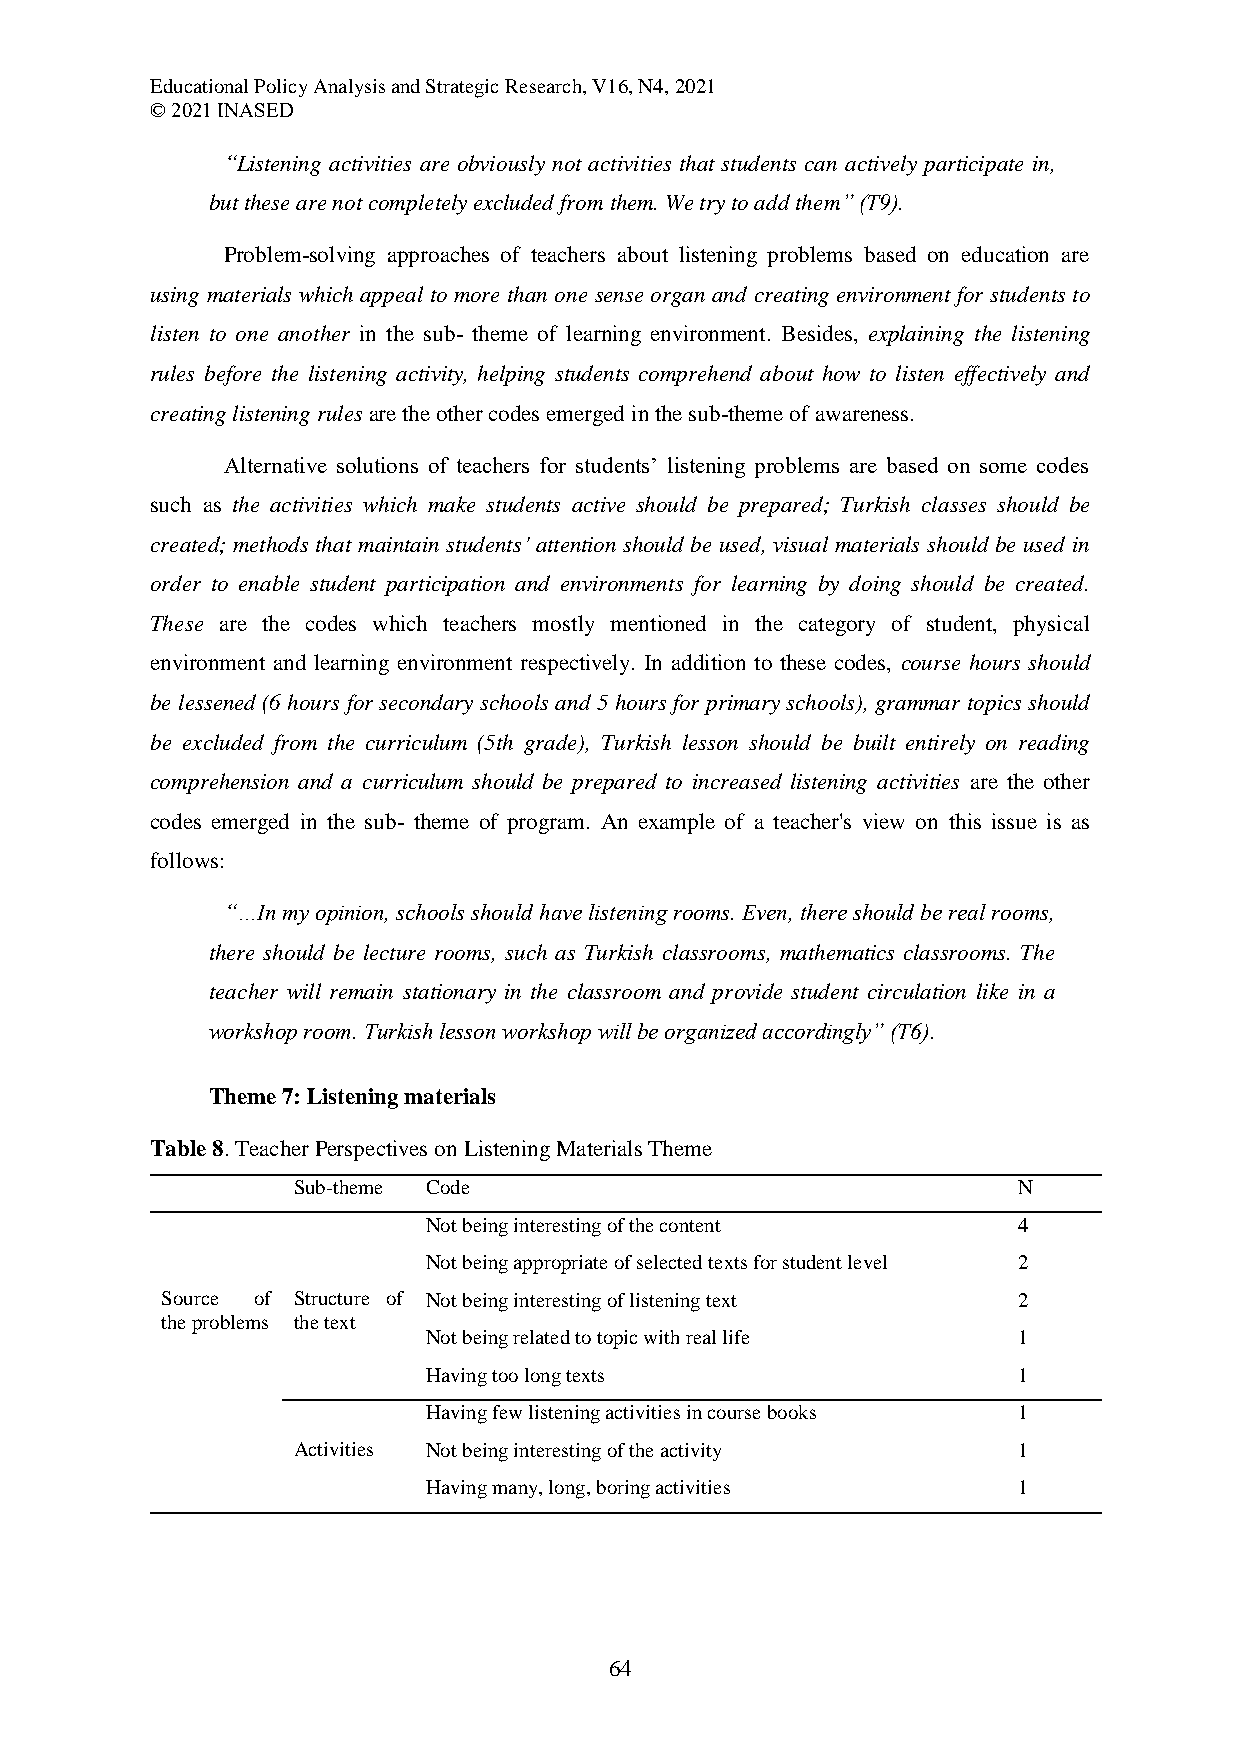
Educational Policy Analysis and Strategic Research, V16, N4, 2021
 © 2021 INASED
 “Listening activities are obviously not activities that students can actively participate in,
 but these are not completely excluded from them. We try to add them” (T9).
 Problem-solving approaches of teachers about listening problems based on education are
 using materials which appeal to more than one sense organ and creating environment for students to
 listen to one another in the sub- theme of learning environment. Besides, explaining the listening
 rules before the listening activity, helping students comprehend about how to listen effectively and
 creating listening rules are the other codes emerged in the sub-theme of awareness.
 Alternative solutions of teachers for students’ listening problems are based on some codes
 such as the activities which make students active should be prepared; Turkish classes should be
 created; methods that maintain students’ attention should be used, visual materials should be used in
 order to enable student participation and environments for learning by doing should be created.
 These are the codes which teachers mostly mentioned in the category of student, physical
 environment and learning environment respectively. In addition to these codes, course hours should
 be lessened (6 hours for secondary schools and 5 hours for primary schools), grammar topics should
 be excluded from the curriculum (5th grade), Turkish lesson should be built entirely on reading
 comprehension and a curriculum should be prepared to increased listening activities are the other
 codes emerged in the sub- theme of program. An example of a teacher's view on this issue is as
 follows:
 “…In my opinion, schools should have listening rooms. Even, there should be real rooms,
 there should be lecture rooms, such as Turkish classrooms, mathematics classrooms. The
 teacher will remain stationary in the classroom and provide student circulation like in a
 workshop room. Turkish lesson workshop will be organized accordingly” (T6).
 Theme 7: Listening materials
 Table 8. Teacher Perspectives on Listening Materials Theme
 Sub-theme Code                                  N
 Not being interesting of the content   4
 Not being appropriate of selected texts for student level 2
 Source of Structure of Not being interesting of listening text 2
 the problems the text
 Not being related to topic with real life 1
 Having too long texts                  1
 Having few listening activities in course books 1
 Activities Not being interesting of the activity 1
 Having many, long, boring activities   1
 64